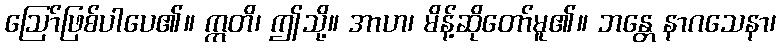
ဩော်ဖြစ်ပါပေ၏။ ဣတိ၊ ဤသို့။ အာဟ၊ မိန့်ဆိုတော်မူ၏။ ဘန္တေ နာဂသေနာ၊